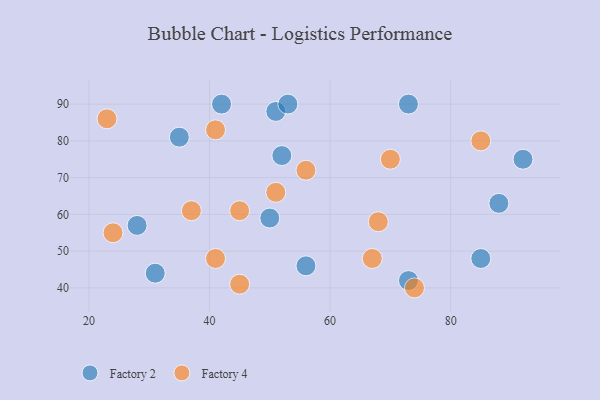
{"axis": {"x": "GDP", "y": "Life Expectancy"}, "legend": ["Factory 2", "Factory 4"], "data": [{"x": "73", "y": 42, "type": "Factory 2"}, {"x": "42", "y": 90, "type": "Factory 2"}, {"x": "51", "y": 88, "type": "Factory 2"}, {"x": "53", "y": 90, "type": "Factory 2"}, {"x": "35", "y": 81, "type": "Factory 2"}, {"x": "52", "y": 76, "type": "Factory 2"}, {"x": "31", "y": 44, "type": "Factory 2"}, {"x": "85", "y": 48, "type": "Factory 2"}, {"x": "88", "y": 63, "type": "Factory 2"}, {"x": "50", "y": 59, "type": "Factory 2"}, {"x": "73", "y": 90, "type": "Factory 2"}, {"x": "92", "y": 75, "type": "Factory 2"}, {"x": "28", "y": 57, "type": "Factory 2"}, {"x": "56", "y": 46, "type": "Factory 2"}, {"x": "41", "y": 83, "type": "Factory 4"}, {"x": "74", "y": 40, "type": "Factory 4"}, {"x": "45", "y": 41, "type": "Factory 4"}, {"x": "51", "y": 66, "type": "Factory 4"}, {"x": "24", "y": 55, "type": "Factory 4"}, {"x": "23", "y": 86, "type": "Factory 4"}, {"x": "45", "y": 61, "type": "Factory 4"}, {"x": "37", "y": 61, "type": "Factory 4"}, {"x": "70", "y": 75, "type": "Factory 4"}, {"x": "68", "y": 58, "type": "Factory 4"}, {"x": "85", "y": 80, "type": "Factory 4"}, {"x": "67", "y": 48, "type": "Factory 4"}, {"x": "56", "y": 72, "type": "Factory 4"}, {"x": "41", "y": 48, "type": "Factory 4"}]}